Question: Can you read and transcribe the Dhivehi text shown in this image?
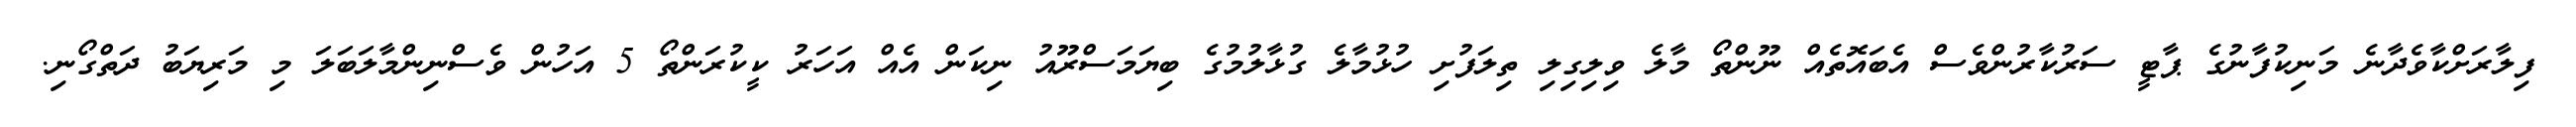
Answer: ފިލާރަށްކާވެދާނެ މަނިކުފާނުގެ ޕާޓީ ސަރުކާރުންވެސް އެބައޮތެއް ނޫންތޯ މާލެ ވިލިގިލި ތިލަފުށި ހުޅުމާލެ ގުޅާލުމުގެ ބިޔަމަސްރޫއު ނިކަން އެއް އަހަރު ކީކުރަންތޯ 5 އަހުން ވެސްނިންމާލަބަލަ މި މަރިޔަބު ދަތްގޯނި.